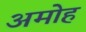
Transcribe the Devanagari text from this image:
अमोह